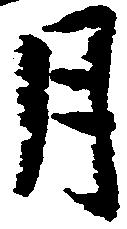
月